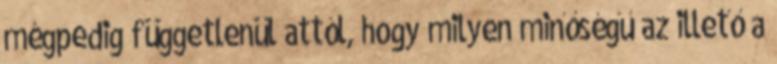
mégpedig függetlenül attól, hogy milyen minőségű az illető a